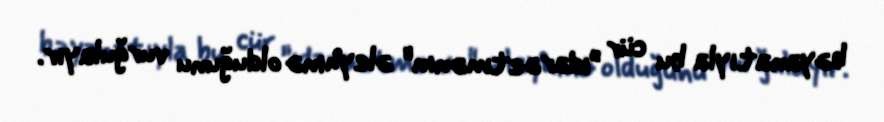
bəyanatıyla bu cür ”idarəetmənin" əleyhinə olduğunu vurğulayır.